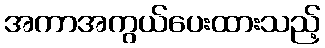
အကာအကွယ်ပေးထားသည့်